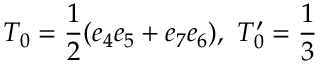
T _ { 0 } = \frac { 1 } { 2 } ( e _ { 4 } e _ { 5 } + e _ { 7 } e _ { 6 } ) , \ T _ { 0 } ^ { \prime } = \frac { 1 } { 3 }